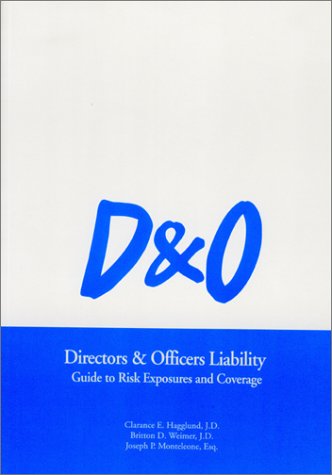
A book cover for Directors & Officers Liability - Guide to Risk Exposures and Coverage; Clarance E. Hagglund; Business & Money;